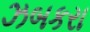
ઝબકરા